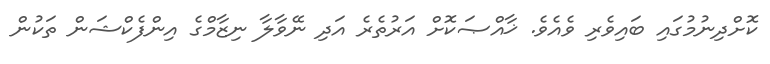
ކޮށްދިނުމުގައި ބައިވެރި ވެއެވެ. ޚާއްޞަކޮށް އަރުތެރެ އަދި ނޭވާލާ ނިޒާމްގެ އިންފެކްޝަން ތަކުން